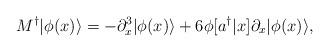
LaTeX: \begin{align*}M^\dagger|\phi(x)\rangle = -\partial_x^3|\phi(x)\rangle + 6\phi[a^\dagger|x]\partial_x|\phi(x)\rangle ,\end{align*}